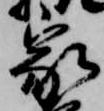
家